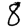
Digit: 8